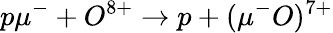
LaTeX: p\mu^{-}+O^{8+}\rightarrow p+(\mu^{-}O)^{7+}